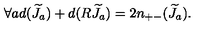
\forall a d ( { \widetilde J } _ { a } ) + d ( R { \widetilde J } _ { a } ) = 2 n _ { + - } ( { \widetilde J } _ { a } ) .